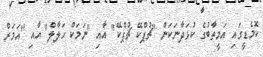
ކޮމެޑީގައި އަމީތާބުގެ ކުޅަދާނަކަން "ޗުޕްކޭ ޗުޕްކޭ" އާއި "ނަމަކް ހަލާލް" އާއި "އަމަރް